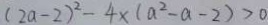
( 2 a - 2 ) ^ { 2 } - 4 \times ( a ^ { 2 } - a - 2 ) > 0